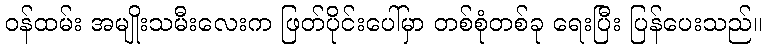
ဝန်ထမ်း အမျိုးသမီးလေးက ဖြတ်ပိုင်းပေါ်မှာ တစ်စုံတစ်ခု ရေးပြီး ပြန်ပေးသည်။